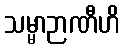
သမ္မာဉာဏီဟိ